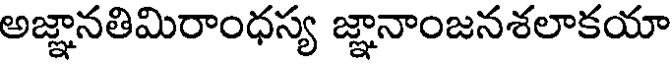
అజ్ఞానతిమిరాంధస్య జ్ఞానాంజనశలాకయా